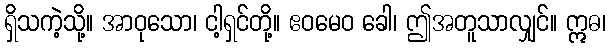
ရှိသကဲ့သို့။ အာဝုသော၊ ငါ့ရှင်တို့။ ဧဝမေဝ ခေါ၊ ဤအတူသာလျှင်။ ဣဓ၊